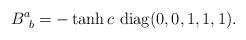
LaTeX: \begin{align*}B^a_{~b} = -\tanh c\ {\rm diag}(0,0,1,1,1).\end{align*}